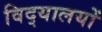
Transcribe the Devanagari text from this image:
विद्‌यालयों